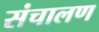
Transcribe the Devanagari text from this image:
संचालण